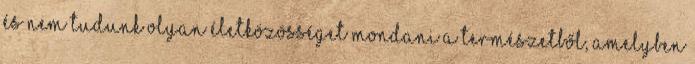
És nem tudunk olyan életközösséget mondani a természetből, amelyben